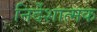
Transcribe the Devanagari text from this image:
निर्देशात्‍मक